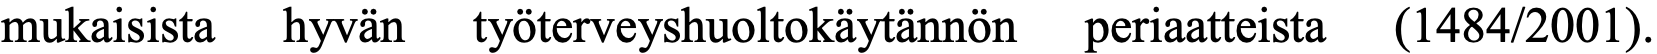
mukaisista hyvän työterveyshuoltokäytännön periaatteista (1484/2001).